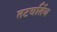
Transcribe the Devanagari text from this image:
तटवर्तिय